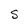
Character: S